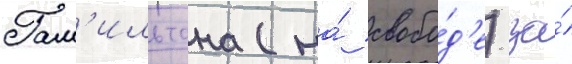
Гам'ильтона (на́ свобо́д'е) за́